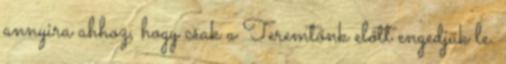
annyira ahhoz, hogy csak a Teremtőnk előtt engedjük le.